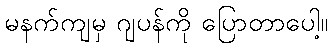
မနက်ကျမှ ဂျပန်ကို ပြောတာပေါ့။